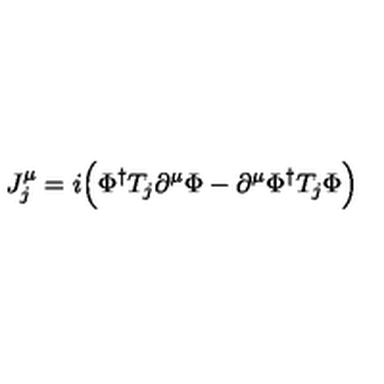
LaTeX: J _ { j } ^ { \mu } = i \Big ( \Phi ^ { \dagger } T _ { j } \partial ^ { \mu } \Phi - \partial ^ { \mu } \Phi ^ { \dagger } T _ { j } \Phi \Big )